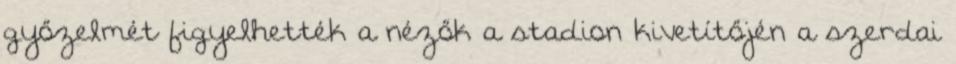
győzelmét figyelhették a nézők a stadion kivetítőjén a szerdai